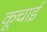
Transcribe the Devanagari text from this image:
कूचाई